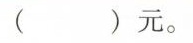
()元。